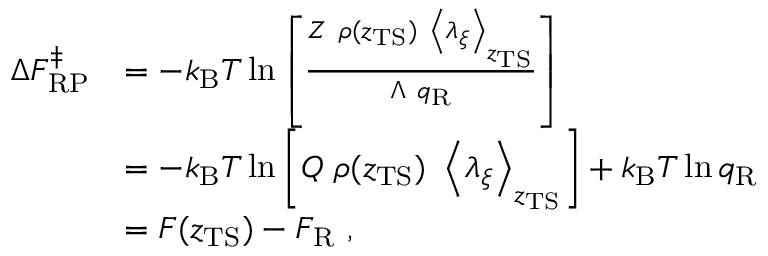
\begin{array} { r l } { \Delta F _ { \mathrm { R P } } ^ { \ddagger } } & { = - k _ { \mathrm { B } } T \ln \left[ \frac { Z \ \rho ( z _ { \mathrm { T S } } ) \ \left< \lambda _ { \xi } \right> _ { z _ { \mathrm { T S } } } } { \Lambda \ q _ { \mathrm { R } } } \right] } \\ & { = - k _ { \mathrm { B } } T \ln \left[ Q \ \rho ( z _ { \mathrm { T S } } ) \ \left< \lambda _ { \xi } \right> _ { z _ { \mathrm { T S } } } \right] + k _ { \mathrm { B } } T \ln q _ { \mathrm { R } } } \\ & { = F ( z _ { \mathrm { T S } } ) - F _ { \mathrm { R } } \ , } \end{array}